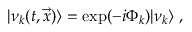
| \nu _ { k } ( t , \vec { x } ) \rangle = \exp ( - i \Phi _ { k } ) | \nu _ { k } \rangle \; ,